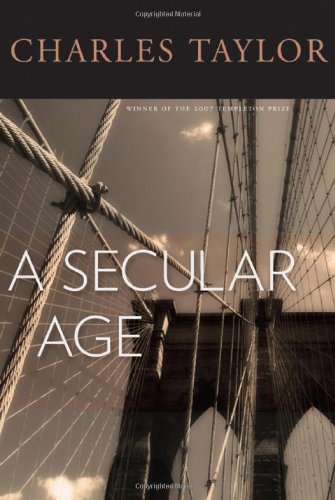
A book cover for A Secular Age; Charles Taylor; Politics & Social Sciences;